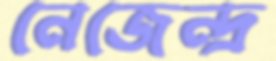
নেজেন্দ্র